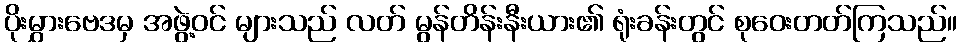
ပိုးမွှားဗေဒမှ အဖွဲ့ဝင် များသည် လတ် မွန်တိန်းနီးယား၏ ရုံးခန်းတွင် စုဝေးတတ်ကြသည်။